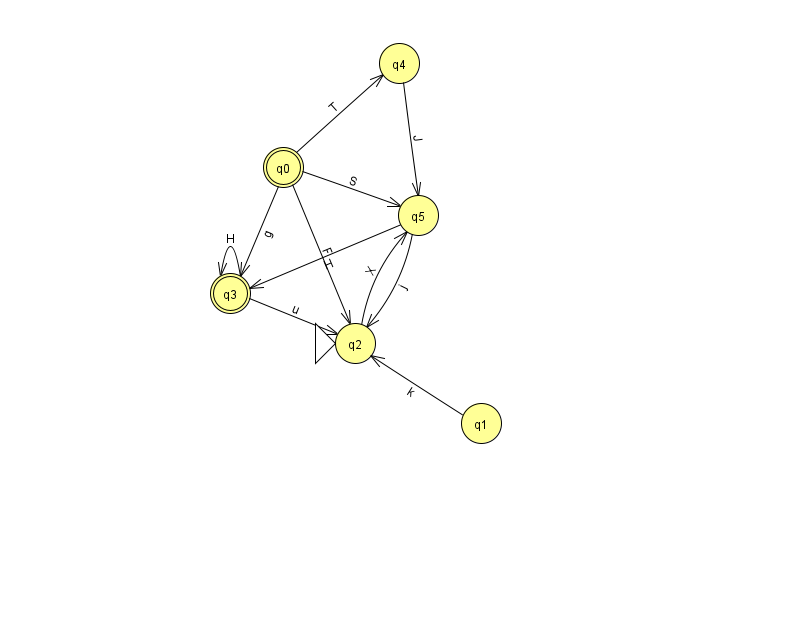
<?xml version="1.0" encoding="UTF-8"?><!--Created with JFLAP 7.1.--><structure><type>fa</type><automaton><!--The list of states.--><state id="0" name="q0"><x>283.0</x><y>154.0</y><final/></state><state id="1" name="q1"><x>481.0</x><y>410.0</y></state><state id="2" name="q2"><x>355.0</x><y>330.0</y><initial/></state><state id="3" name="q3"><x>230.0</x><y>280.0</y><final/></state><state id="4" name="q4"><x>399.0</x><y>50.0</y></state><state id="5" name="q5"><x>418.0</x><y>202.0</y></state><!--The list of transitions.--><transition><from>4</from><to>5</to><read>J</read></transition><transition><from>0</from><to>4</to><read>T</read></transition><transition><from>0</from><to>2</to><read>F</read></transition><transition><from>5</from><to>2</to><read>j</read></transition><transition><from>2</from><to>5</to><read>X</read></transition><transition><from>3</from><to>3</to><read>H</read></transition><transition><from>0</from><to>3</to><read>g</read></transition><transition><from>3</from><to>2</to><read>u</read></transition><transition><from>5</from><to>3</to><read>H</read></transition><transition><from>0</from><to>5</to><read>S</read></transition><transition><from>1</from><to>2</to><read>k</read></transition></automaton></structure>